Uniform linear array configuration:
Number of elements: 4
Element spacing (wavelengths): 0.75
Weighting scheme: exponential
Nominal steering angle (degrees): -60
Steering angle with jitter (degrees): -61.653
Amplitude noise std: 0.05
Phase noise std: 0.05

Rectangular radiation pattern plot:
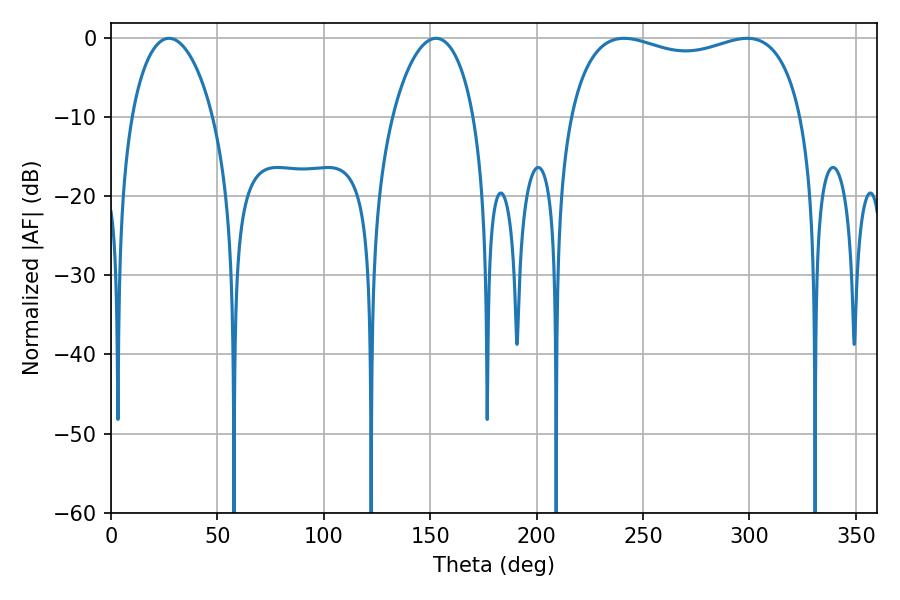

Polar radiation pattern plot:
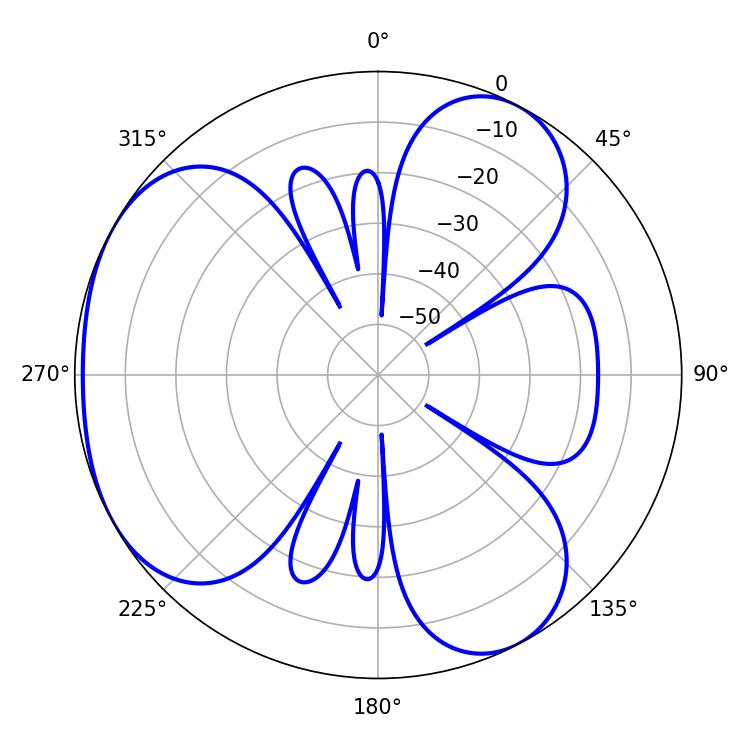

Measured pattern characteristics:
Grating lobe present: TRUE
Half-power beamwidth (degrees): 89.64
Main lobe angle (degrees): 241.02